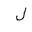
Letter: _lam